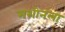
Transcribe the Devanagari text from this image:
मशीनला